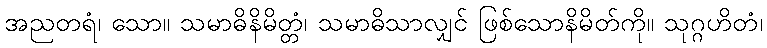
အညတရံ၊ သော။ သမာဓိနိမိတ္တံ၊ သမာဓိသာလျှင် ဖြစ်သောနိမိတ်ကို။ သုဂ္ဂဟိတံ၊